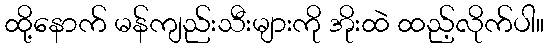
ထို့နောက် မန်ကျည်းသီးများကို အိုးထဲ ထည့်လိုက်ပါ။